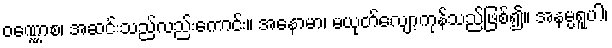
ဝဏ္ဏောစ၊ အဆင်းသည်လည်းကောင်း။ အနောမာ၊ မယုတ်လျော့ကုန်သည်ဖြစ်၍။ အနမ္ပရူပါ၊